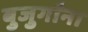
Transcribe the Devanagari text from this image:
बुजुर्गांना